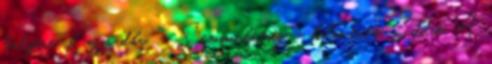
helyére Kafjordba. – Semmi kétség – bólintott Eddie. A